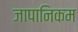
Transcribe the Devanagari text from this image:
जापानिकम